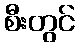
စီးတွင်